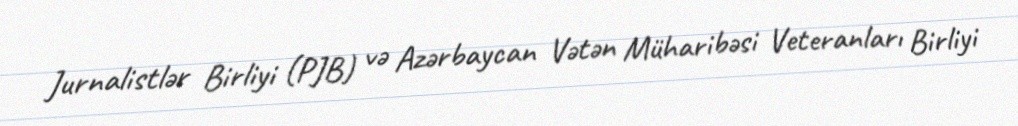
Jurnalistlər Birliyi (PJB) və Azərbaycan Vətən Müharibəsi Veteranları Birliyi